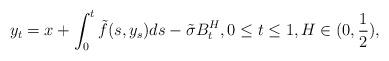
LaTeX: \begin{align*}y_t=x+\int_0^t \tilde{f}(s,y_s)ds-\tilde{\sigma} B_t^H, 0\le t\le 1, H\in(0,\frac{1}{2}),\end{align*}